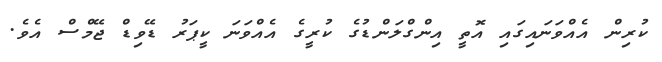
ކުރިން އެއްވަނައިގައި އޮތީ އިންގްލަންޑުގެ ކުރީގެ އެއްވަނަ ކީޕަރު ޑޭވިޑް ޖޭމްސް އެވެ.